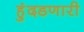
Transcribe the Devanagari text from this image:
हुंदडणारी